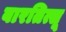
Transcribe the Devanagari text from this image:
बारतित्सू